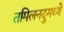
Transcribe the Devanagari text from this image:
तमिलनदुमध्ये